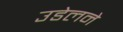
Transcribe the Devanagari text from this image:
उडेलने